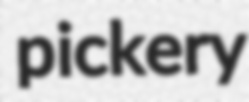
pickery